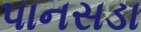
પાનસડા